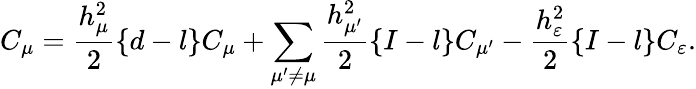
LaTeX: C_{\mu}=\frac{h_{\mu}^{2}}{2}\{ d-l\} C_{\mu}+\sum_{\mu^{\prime}\not=\mu}\frac{h_{\mu^{\prime}}^{2}}{2}\{ I-l\} C_{\mu^{\prime}}-\frac{h_{\varepsilon}^{2}}{2}\{ I-l\} C_{\varepsilon}.